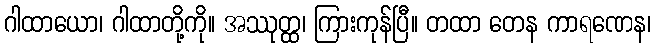
ဂါထာယော၊ ဂါထာတို့ကို။ အဿုတ္ထ၊ ကြားကုန်ပြီ။ တထာ တေန ကာရဏေန၊